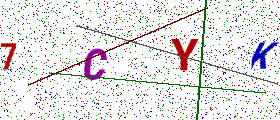
Text: 7CYK